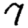
Digit: 7